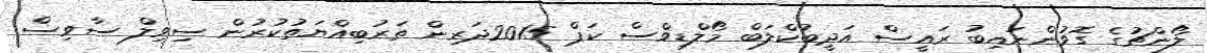
ލޯންޗުގެ ގޮވުންނައިބު ރައީސް އަދީބުކްލަބް މޯލްޑިވްސް ކަޕް 2015ދަރިން ތަރުބިއްޔަތުކުރުން ސިވިލް ސާވިސް